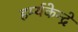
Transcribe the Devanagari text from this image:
हर्म्यकेन्द्रे